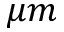
\mu m